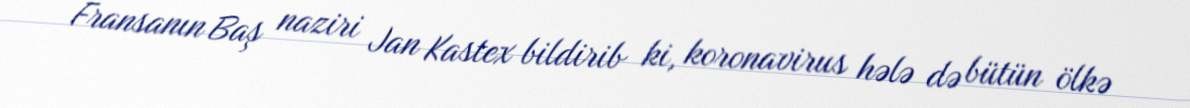
Fransanın Baş naziri Jan Kastex bildirib ki, koronavirus hələ də bütün ölkə